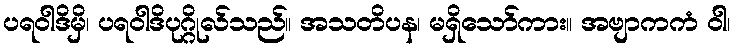
ပရဝါဒိမှိ၊ ပရဝါဒိပုဂ္ဂိုလ်သည်။ အသတိပန၊ မရှိသော်ကား။ အဗျာကကံ ဝါ၊